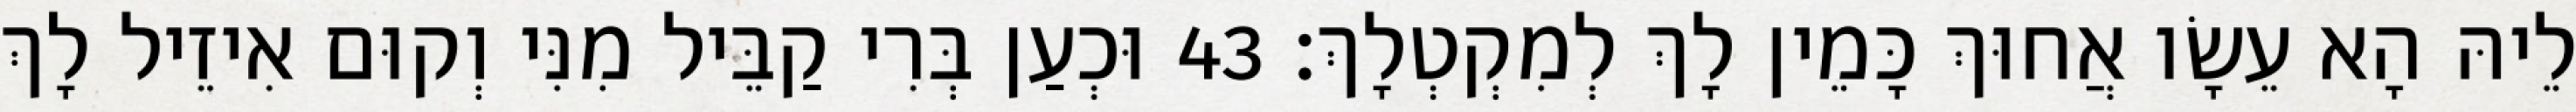
לֵיהּ הָא עֵשָׂו אֲחוּךְ כָּמֵין לָךְ לְמִקְטְלָךְ׃ 43 וּכְעַן בְּרִי קַבֵּיל מִנִּי וְקוּם אִיזֵיל לָךְ